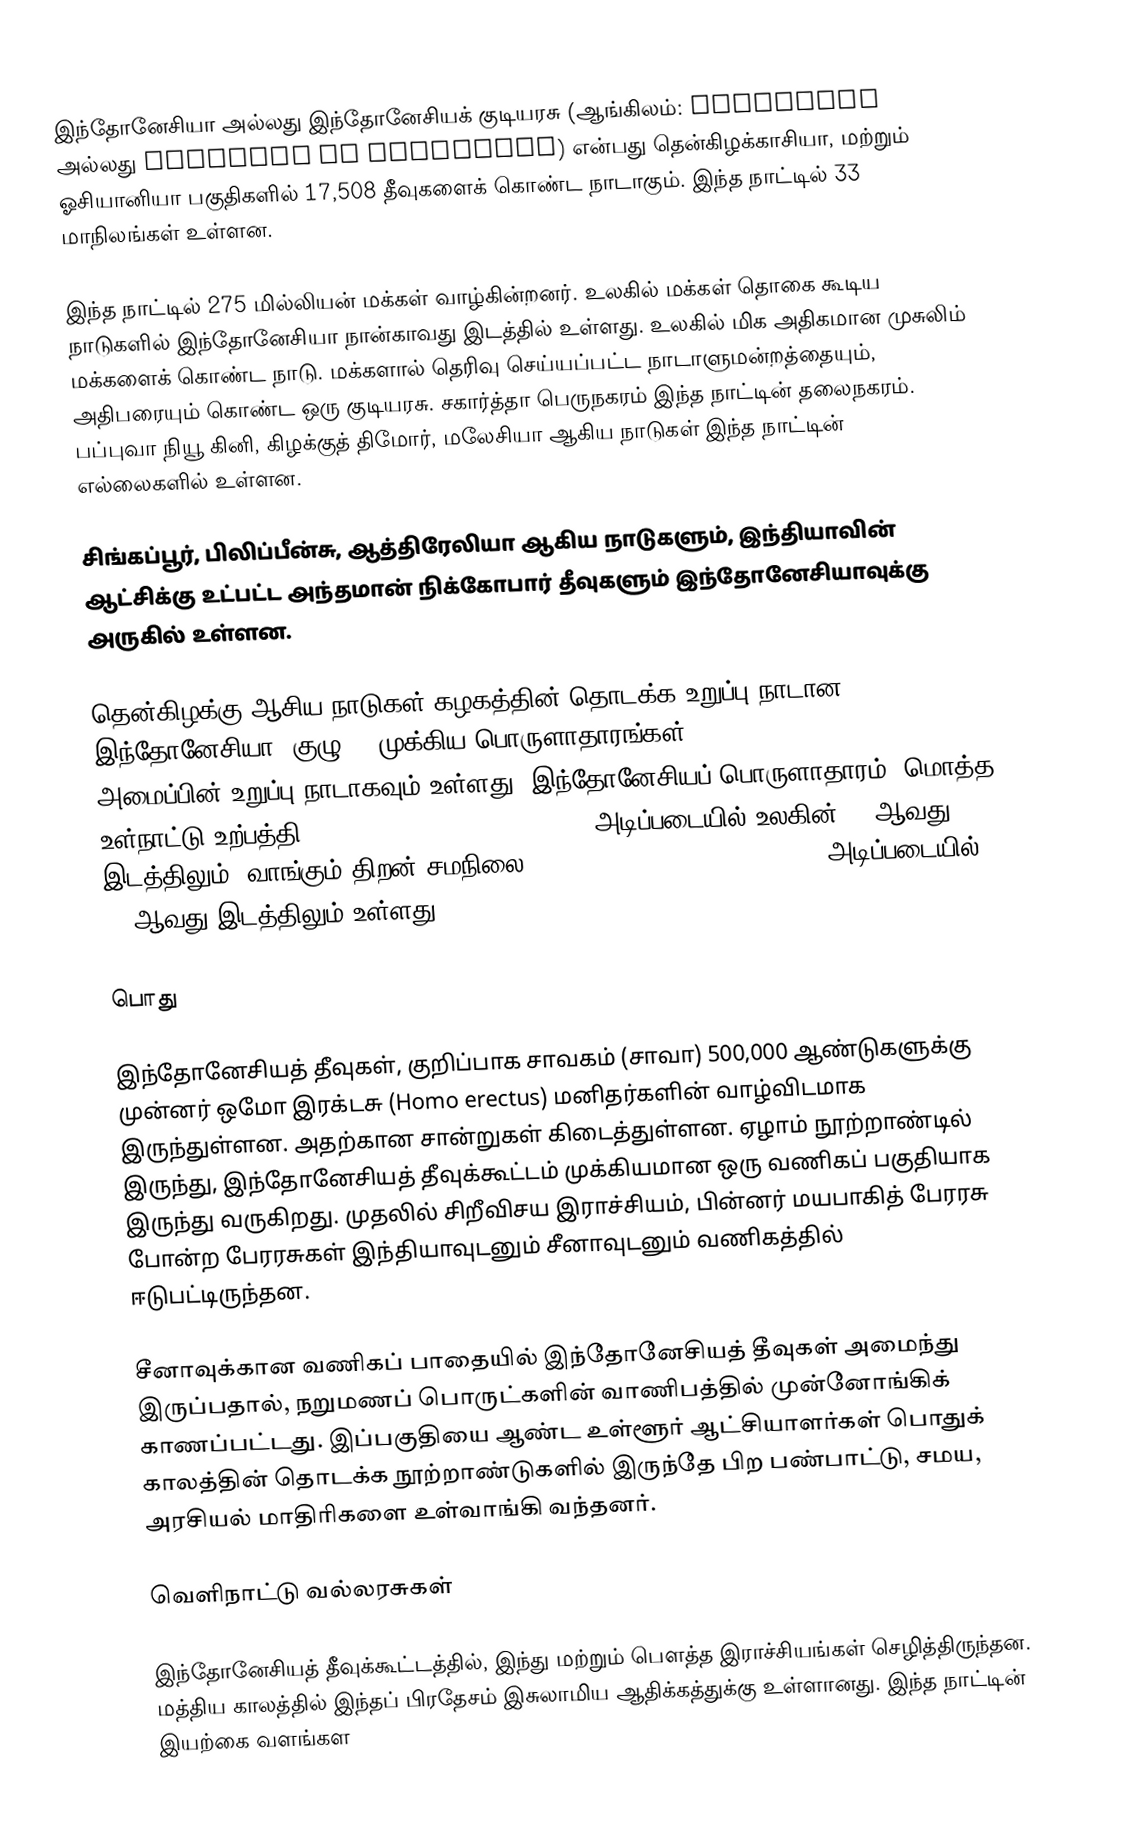
இந்தோனேசியா அல்லது இந்தோனேசியக் குடியரசு (ஆங்கிலம்: Indonesia அல்லது Republic of Indonesia) என்பது தென்கிழக்காசியா, மற்றும் ஓசியானியா பகுதிகளில் 17,508 தீவுகளைக் கொண்ட நாடாகும். இந்த நாட்டில் 33 மாநிலங்கள் உள்ளன.

இந்த நாட்டில் 275 மில்லியன் மக்கள் வாழ்கின்றனர். உலகில் மக்கள் தொகை கூடிய நாடுகளில் இந்தோனேசியா நான்காவது இடத்தில் உள்ளது. உலகில் மிக அதிகமான முசுலிம் மக்களைக் கொண்ட நாடு. மக்களால் தெரிவு செய்யப்பட்ட நாடாளுமன்றத்தையும், அதிபரையும் கொண்ட ஒரு குடியரசு. சகார்த்தா பெருநகரம் இந்த நாட்டின் தலைநகரம். பப்புவா நியூ கினி, கிழக்குத் திமோர், மலேசியா ஆகிய நாடுகள் இந்த நாட்டின் எல்லைகளில் உள்ளன.

சிங்கப்பூர், பிலிப்பீன்சு, ஆத்திரேலியா ஆகிய நாடுகளும், இந்தியாவின் ஆட்சிக்கு உட்பட்ட அந்தமான் நிக்கோபார் தீவுகளும் இந்தோனேசியாவுக்கு அருகில் உள்ளன.

தென்கிழக்கு ஆசிய நாடுகள் கழகத்தின் தொடக்க உறுப்பு நாடான இந்தோனேசியா, குழு-20 முக்கிய பொருளாதாரங்கள் (G20 or Group of Twenty) அமைப்பின் உறுப்பு நாடாகவும் உள்ளது. இந்தோனேசியப் பொருளாதாரம், மொத்த உள்நாட்டு உற்பத்தி (17th-largest by nominal GDP) அடிப்படையில் உலகின் 17-ஆவது இடத்திலும், வாங்கும் திறன் சமநிலை (Purchasing power parity (PPP) அடிப்படையில் 15-ஆவது இடத்திலும் உள்ளது.

பொது

இந்தோனேசியத் தீவுகள், குறிப்பாக சாவகம் (சாவா) 500,000 ஆண்டுகளுக்கு முன்னர் ஒமோ இரக்டசு (Homo erectus) மனிதர்களின் வாழ்விடமாக இருந்துள்ளன. அதற்கான சான்றுகள் கிடைத்துள்ளன. ஏழாம் நூற்றாண்டில் இருந்து, இந்தோனேசியத் தீவுக்கூட்டம் முக்கியமான ஒரு வணிகப் பகுதியாக இருந்து வருகிறது. முதலில் சிறீவிசய இராச்சியம், பின்னர் மயபாகித் பேரரசு போன்ற பேரரசுகள் இந்தியாவுடனும் சீனாவுடனும் வணிகத்தில் ஈடுபட்டிருந்தன.

சீனாவுக்கான வணிகப் பாதையில் இந்தோனேசியத் தீவுகள் அமைந்து இருப்பதால், நறுமணப் பொருட்களின் வாணிபத்தில் முன்னோங்கிக் காணப்பட்டது. இப்பகுதியை ஆண்ட உள்ளூர் ஆட்சியாளர்கள் பொதுக் காலத்தின் தொடக்க நூற்றாண்டுகளில் இருந்தே பிற பண்பாட்டு, சமய, அரசியல் மாதிரிகளை உள்வாங்கி வந்தனர்.

வெளிநாட்டு வல்லரசுகள்

இந்தோனேசியத் தீவுக்கூட்டத்தில், இந்து மற்றும் பௌத்த இராச்சியங்கள் செழித்திருந்தன. மத்திய காலத்தில் இந்தப் பிரதேசம் இசுலாமிய ஆதிக்கத்துக்கு உள்ளானது. இந்த நாட்டின் இயற்கை வளங்கள